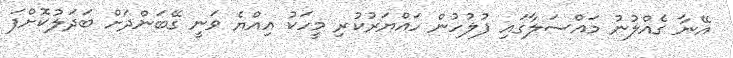
އޭނާ ގެއްލުނު މައްސަލާގައި ފުލުހުން ހައްޔަރުކުރި މީހަކު އިއްޔެ ވަނީ ގޭބަންދަށް ބަދަލުކޮށްފަ